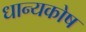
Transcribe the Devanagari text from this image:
धान्यकोष